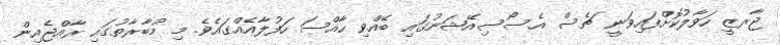
ޖާރޒީ ހަވާލުކޮށްފައިވަނީ ޗެސް އެސޯސިއޭޝަނުގައި ބޭއްވި ހާއްސަ ހަފުލާއެއްގައެވެ. މި މުބާރާތުގައި ރާއްޖެއިން